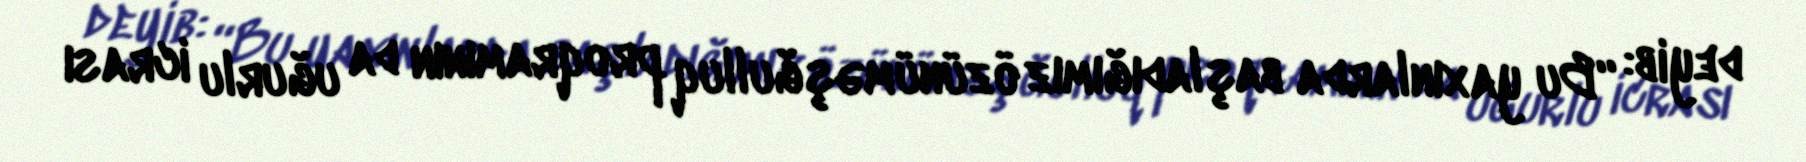
deyib: “Bu yaxınlarda başladığımız özünüməşğulluq proqramının da uğurlu icrası